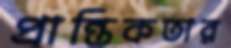
প্রান্তিকতার